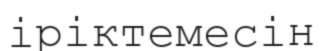
іріктемесін